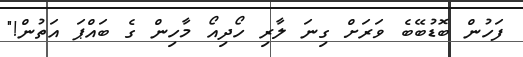
ފަހުން ބޮޑުބޭބެ ވަރަށް ގިނަ ލާރި ހޯދިއޯ މާހިން ގެ ބައްޕަ އަތުން!"